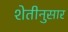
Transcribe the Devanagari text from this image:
शेतीनुसार